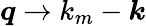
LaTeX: \boldsymbol{q}\rightarrow k_{m}-\boldsymbol{k}